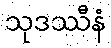
သုဒဿီနံ